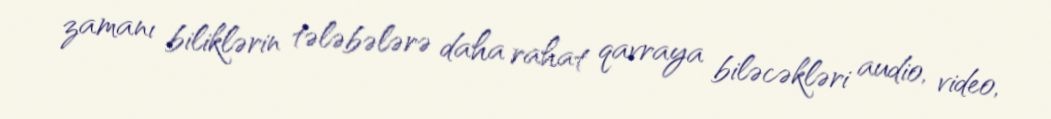
zamanı biliklərin tələbələrə daha rahat qavraya biləcəkləri audio, video,